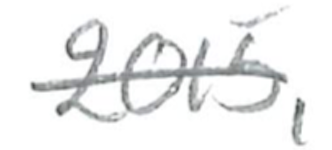
Text: 2015,
Cross-out: single-line
Writing tool: pencil